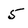
Character: 5